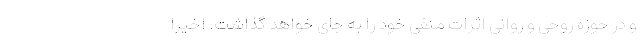
و در حوزه روحی و روانی اثرات منفی خود را به جای خواهد گذاشت. اخیرا